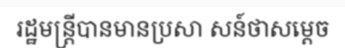
រដ្ឋមន្ត្រីបានមានប្រសា សន៍ថាសម្តេច